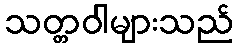
သတ္တဝါများသည်